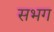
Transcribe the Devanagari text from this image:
सभग